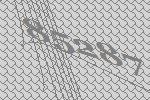
85287